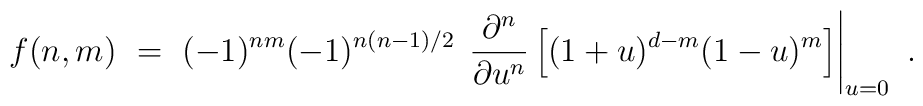
f(n,m) ~=~ (-1)^{nm} (-1)^{n(n-1)/2} \, \left. \frac{\partial^n}{\partial u^n} \left[ (1+u)^{d-m} (1-u)^m \right] \right|_{u = 0} ~.